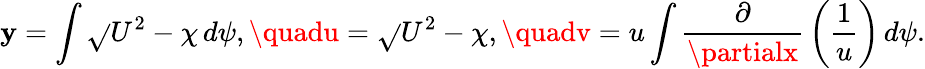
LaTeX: \mathbf{y}=\int{\sqrt{}{{U^{2}-\chi}}}\, d\psi,\quadu={\sqrt{}{{U^{2}-\chi}}},\quadv=u\int{\frac{{\partial}}{{\partialx}}}\left({\frac{{1}}{{u}}}\right)\, d\psi.